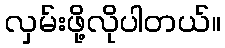
လှမ်းဖို့လိုပါတယ်။